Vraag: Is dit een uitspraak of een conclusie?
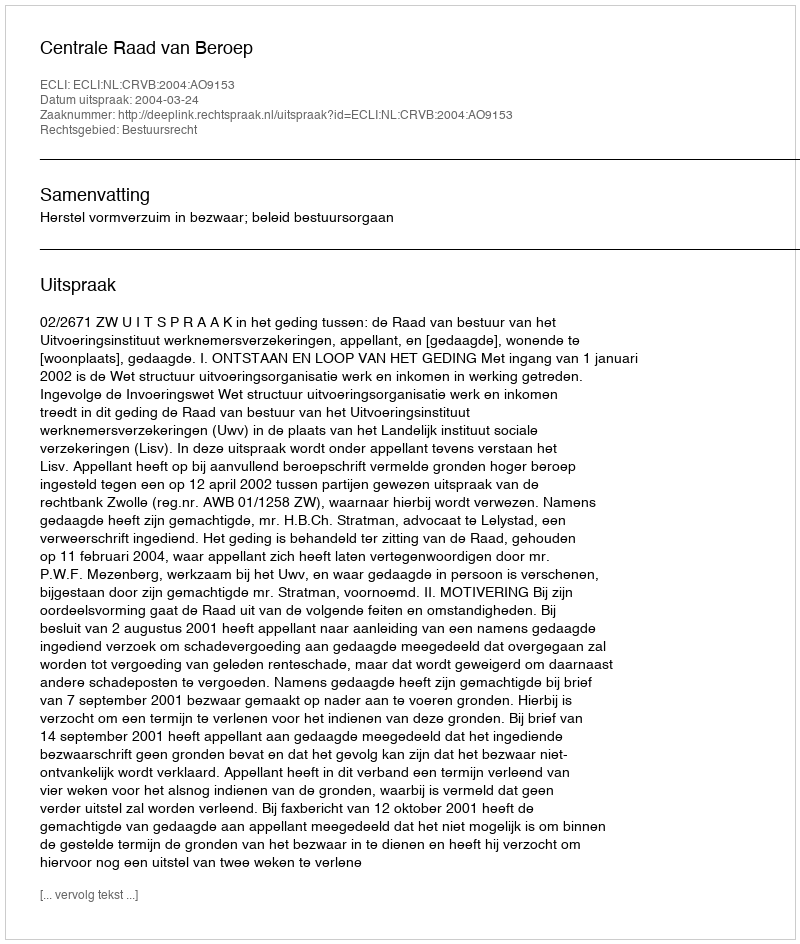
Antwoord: Uitspraak